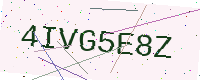
Text: 4IVG5E8Z